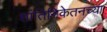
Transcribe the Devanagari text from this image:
शांतिनिकेतनच्या